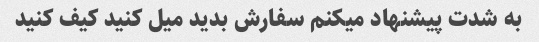
به شدت پیشنهاد میکنم سفارش بدید میل کنید کیف کنید